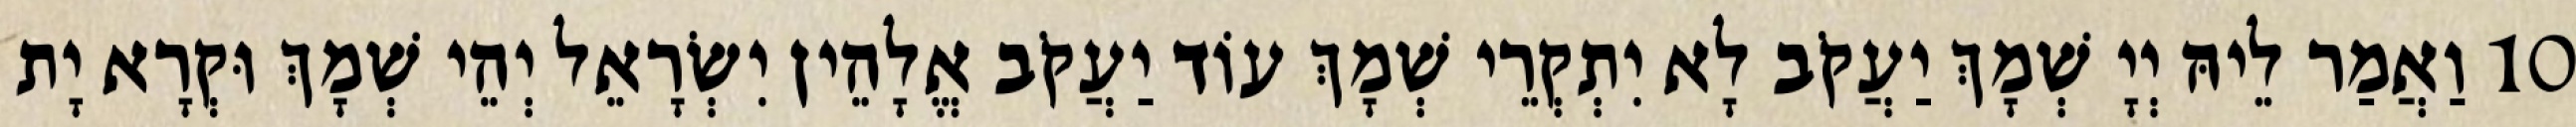
10 וַאֲמַר לֵיהּ יְיָ שְׁמָךְ יַעֲקֹב לָא יִתְקְרֵי שְׁמָךְ עוֹד יַעֲקֹב אֱלָהֵין יִשְׂרָאֵל יְהֵי שְׁמָךְ וּקְרָא יָת